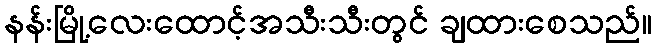
နန်းမြို့လေးထောင့်အသီးသီးတွင် ချထားစေသည်။